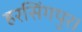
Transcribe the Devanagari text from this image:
हरसिंगपुर।